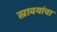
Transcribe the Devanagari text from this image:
स्रावयांचा